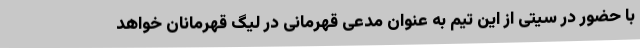
با حضور در سیتی از این تیم به عنوان مدعی قهرمانی در لیگ قهرمانان خواهد